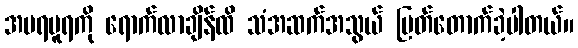
အမရပူရကို ရောက်လာချိန်ထိ သံအဆက်အသွယ် ပြတ်တောက်ခဲ့ပါတယ်။